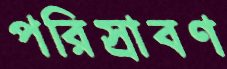
পরিস্রাবণ